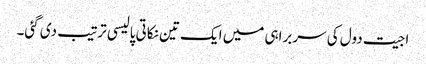
اجیت دول کی سربراہی میں ایک تین نکاتی پالیسی ترتیب دی گئی۔